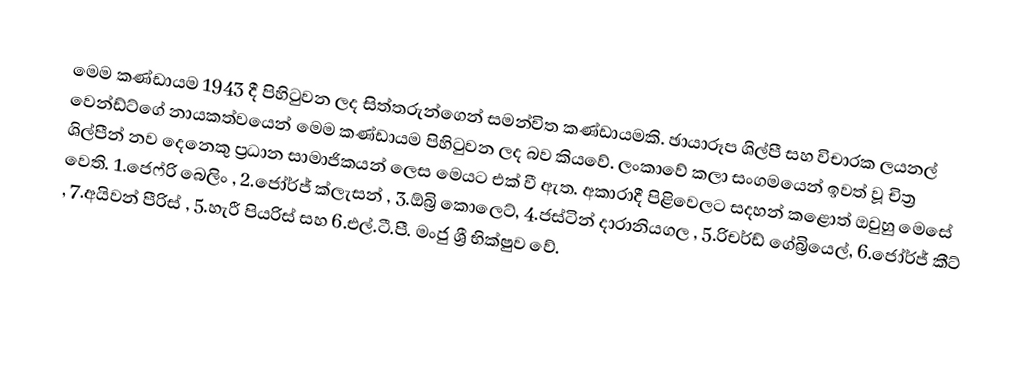
මෙම කණ්ඩායම 1943 දී පිහිටුවන ලද සිත්තරුන්ගෙන් සමන්විත කණ්ඩායමකි.   ඡායාරූප ශිල්පී සහ විචාරක ලයනල් වෙන්ඩ්ට්ගේ නායකත්වයෙන් මෙම කණ්ඩායම පිහිටුවන ලද බව කියවේ.  ලංකාවේ කලා සංගමයෙන් ඉවත් වූ  චිත්‍ර ශිල්පීන් නව දෙනෙකු ප්‍රධාන සාමාජිකයන් ලෙස මෙයට එක් වී ඇත. අකාරාදී පිළිවෙලට සදහන් කළොත් ඔවුහු මෙසේ වෙති. 1.ජෙෆ්රි බෙලිං , 2.ජෝර්ජ් ක්ලැසන් , 3.ඕබ්‍රි කොලෙට්, 4.ජස්ටින් දාරානියගල , 5.රිචර්ඩ් ගේබ්‍රියෙල්, 6.ජෝර්ජ් කීට් , 7.අයිවන් පීරිස් , 5.හැරී පියරිස්  සහ 6.එල්.ටී.පී. මංජු ශ්‍රී භික්ෂුව වේ.